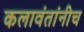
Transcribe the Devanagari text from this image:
कलावंतांनीच